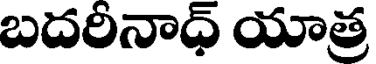
బదరీనాధ్ యాత్ర